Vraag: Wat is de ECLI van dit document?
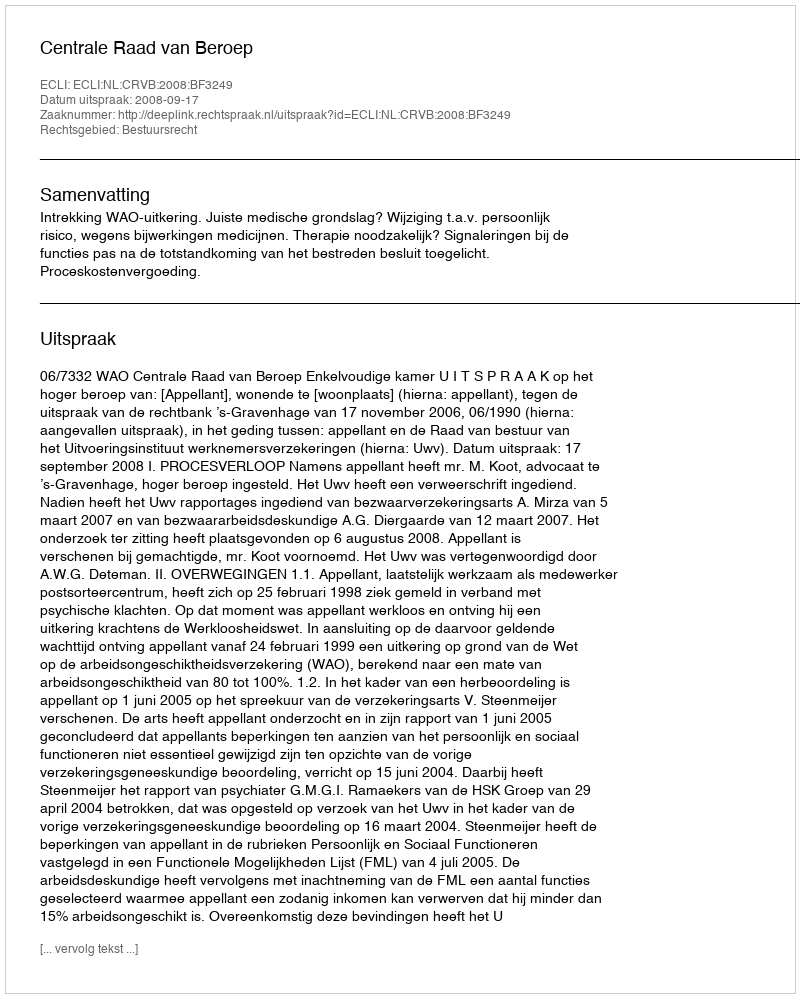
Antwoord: ECLI:NL:CRVB:2008:BF3249